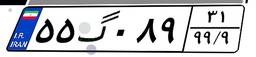
۵۵گ۰۸۹۳۱